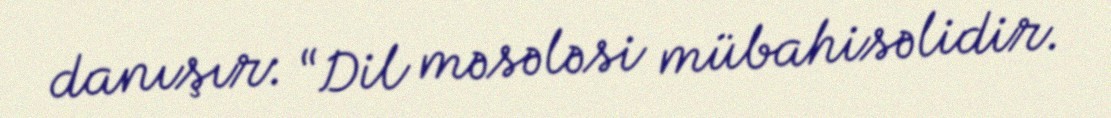
danışır: “Dil məsələsi mübahisəlidir.